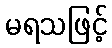
မရသဖြင့်